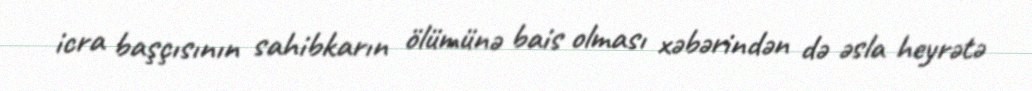
icra başçısının sahibkarın ölümünə bais olması xəbərindən də əsla heyrətə